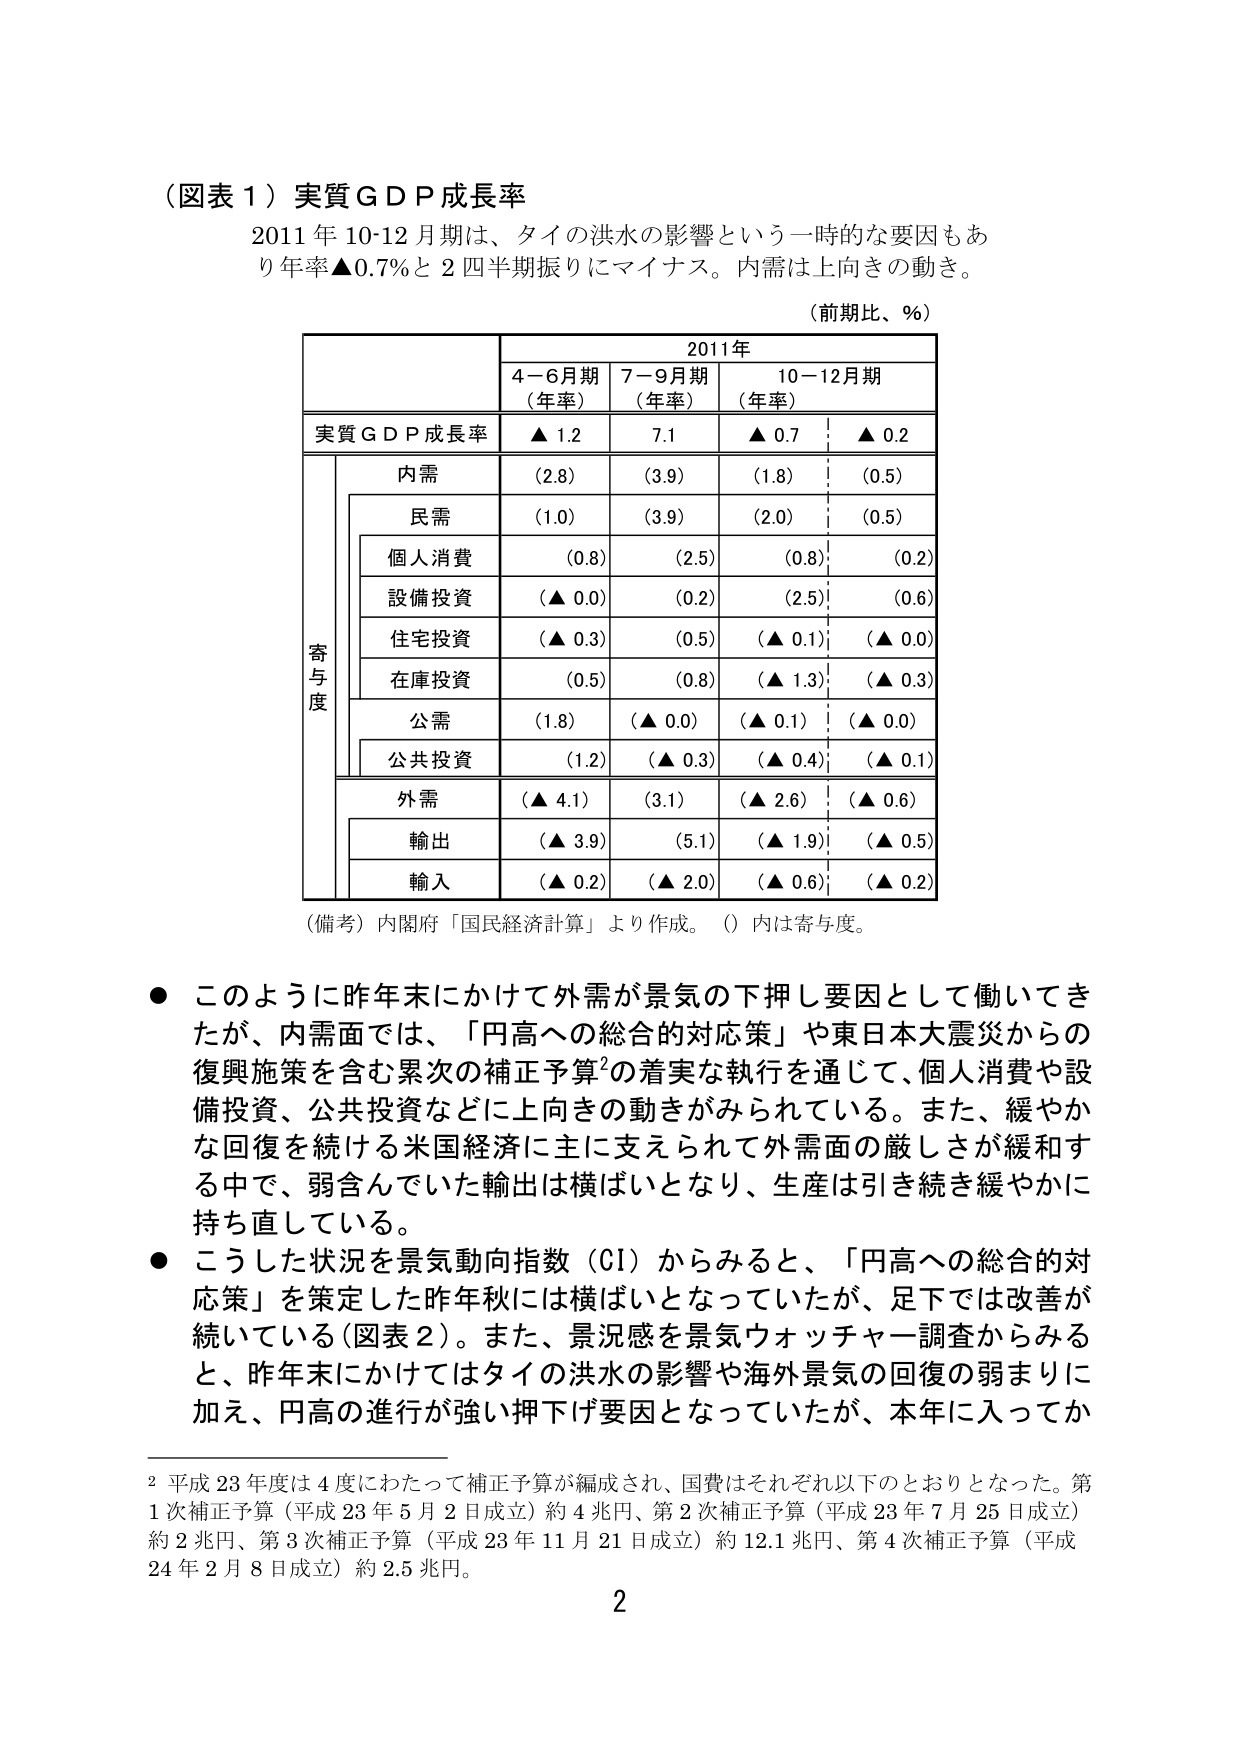
（図表１）実質ＧＤＰ成長率
2011年10-12月期は、タイの洪水の影響という一時的な要因もあり年率▲0.7％と２四半期振りにマイナス。内需は上向きの動き。

（前期比、％）

| | 2011年 | | |
|---|---|---|---|---|
| | 4－6月期（年率） | 7－9月期（年率） | 10－12月期（年率） |
| 実質ＧＤＰ成長率 | ▲ 1.2 | 7.1 | ▲ 0.7 | ▲ 0.2 |
| | 内需 | (2.8) | (3.9) | (1.8) | (0.5) |
| | 民需 | (1.0) | (3.9) | (2.0) | (0.5) |
| | 個人消費 | (0.8) | (2.5) | (0.8) | (0.2) |
| | 設備投資 | (▲ 0.0) | (0.2) | (2.5) | (0.6) |
| | 住宅投資 | (▲ 0.3) | (0.5) | (▲ 0.1) | (▲ 0.0) |
| | 在庫投資 | (0.5) | (0.8) | (▲ 1.3) | (▲ 0.3) |
| | 公需 | (1.8) | (▲ 0.0) | (▲ 0.1) | (▲ 0.0) |
| | 公共投資 | (1.2) | (▲ 0.3) | (▲ 0.4) | (▲ 0.1) |
| | 外需 | (▲ 4.1) | (3.1) | (▲ 2.6) | (▲ 0.6) |
| | 輸出 | (▲ 3.9) | (5.1) | (▲ 1.9) | (▲ 0.5) |
| | 輸入 | (▲ 0.2) | (▲ 2.0) | (▲ 0.6) | (▲ 0.2) |

（備考）内閣府「国民経済計算」より作成。（）内は寄与度。

● このように昨年末にかけて外需が景気の下押し要因として働いてきたが、内需面では、「円高への総合的対応策」や東日本大震災からの復興施策を含む累次の補正予算²の着実な執行を通じて、個人消費や設備投資、公共投資などに上向きの動きがみられている。また、緩やかな回復を続ける米国経済に主に支えられて外需面の厳しさが緩和する中で、弱含んでいた輸出は横ばいとなり、生産は引き続き緩やかに持ち直している。

● こうした状況を景気動向指数（CI）からみると、「円高への総合的対応策」を策定した昨年秋には横ばいとなっていたが、足下では改善が続いている（図表２）。また、景況感を景気ウォッチャー調査からみると、昨年末にかけてはタイの洪水の影響や海外景気の回復の弱まりに加え、円高の進行が強い押下げ要因となっていたが、本年に入ってか

² 平成23年度は4度にわたって補正予算が編成され、国費はそれぞれ以下のとおりとなった。第1次補正予算（平成23年5月2日成立）約4兆円、第2次補正予算（平成23年7月25日成立）約2兆円、第3次補正予算（平成23年11月21日成立）約12.1兆円、第4次補正予算（平成24年2月8日成立）約2.5兆円。

2